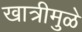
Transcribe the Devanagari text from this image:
खात्रीमुळे